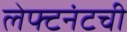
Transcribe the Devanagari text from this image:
लेफ्टनंटची